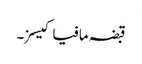
قبضہ مافیا کیسز۔